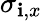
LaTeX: \sigma_{\mathbf{i},x}